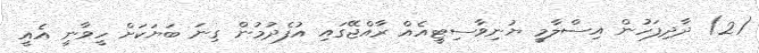
(2) ދާދިފަހުން އިސްލާމީ ޔުނިވާސިޓީއެއް ރާއްޖޭގައި އުފެދުމުން ގިނަ ބަޔަކަށް ހީވާނީ އެއީ